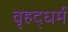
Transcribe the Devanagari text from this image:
वृहद्धर्म